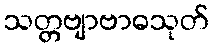
သတ္တဗျာဗာဓသုတ်